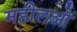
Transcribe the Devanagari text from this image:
महीलओ